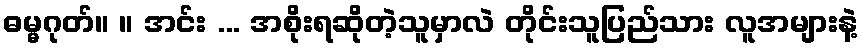
ဓမ္မဂုတ်။ ။ အင်း ... အစိုးရဆိုတဲ့သူမှာလဲ တိုင်းသူပြည်သား လူအများနဲ့